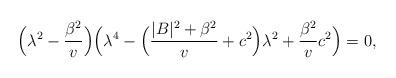
\begin{align*}\Big(\lambda^2-\frac{\beta^2}{v}\Big)\Big(\lambda^4 -\Big(\frac{|B|^2 + \beta^2}{v} + c^2 \Big) \lambda^2 + \frac{\beta^2}{v}c^2\Big) =0,\end{align*}